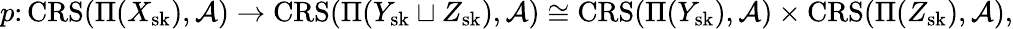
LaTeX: p\colon\mathbf{\mathrm{CRS}}(\Pi(X_{\mathrm{sk}}),\mathcal{A})\to\mathbf{\mathrm{CRS}}(\Pi(Y_{\mathrm{sk}}\sqcup Z_{\mathrm{sk}}),\mathcal{A})\cong\mathbf{\mathrm{CRS}}(\Pi(Y_{\mathrm{sk}}),\mathcal{A})\times\mathbf{\mathrm{CRS}}(\Pi(Z_{\mathrm{sk}}),\mathcal{A}),